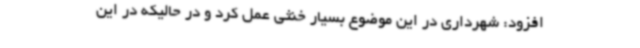
افزود: شهرداری در این موضوع بسیار خنثی عمل کرد و در حالیکه در این